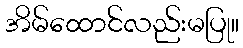
အိမ်ထောင်လည်းမပြု။